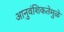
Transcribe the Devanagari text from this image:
आनुवंशिकतेमुळे